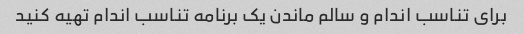
برای تناسب اندام و سالم ماندن یک برنامه تناسب اندام تهیه کنید